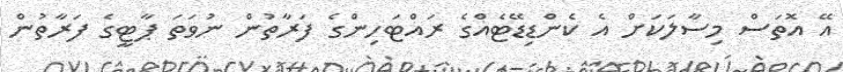
އޭ އޮތަސް މިސާލަކަށް އެ ކެންޑިޑޭޓެއްގެ ރައްޓަހިންގެ ފަރާތުން ނުވަތަ ޕާޓީގެ ފަރާތުން